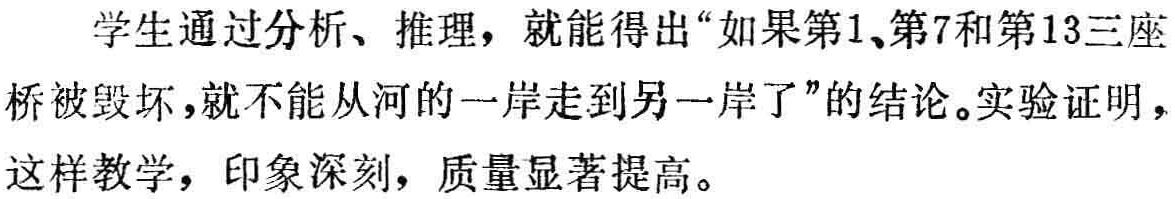
学生通过分析、推理，就能得出“如果第1、第7和第13三座桥被毁坏，就不能从河的一岸走到另一岸了”的结论。实验证明，这样教学，印象深刻，质量显著提高。